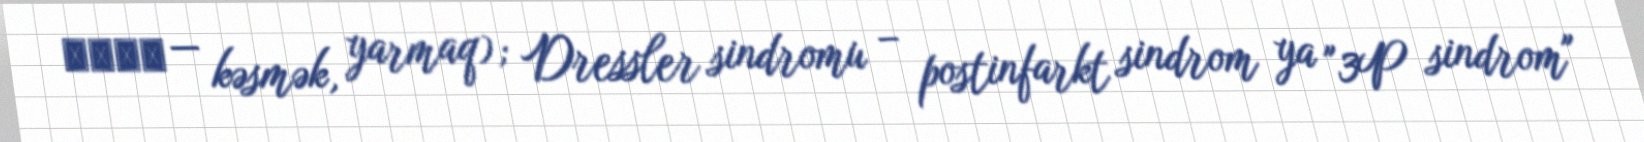
τομή — kəsmək, yarmaq); Dressler sindromu – postinfarkt sindrom ya "3P sindrom"